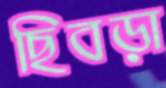
ছিবড়া